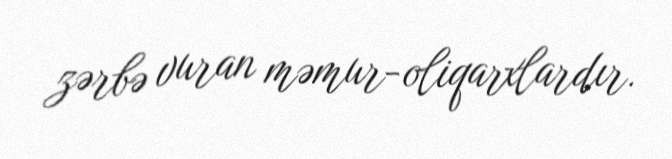
zərbə vuran məmur-oliqarxlardır.